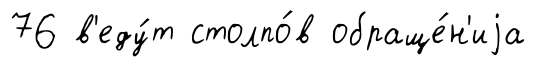
76 в'еду́т столпо́в обраще́н'иjа